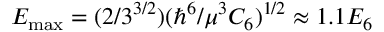
E _ { \operatorname* { m a x } } = ( 2 / 3 ^ { 3 / 2 } ) ( \hbar ^ { 6 } / \mu ^ { 3 } C _ { 6 } ) ^ { 1 / 2 } \approx 1 . 1 E _ { 6 }